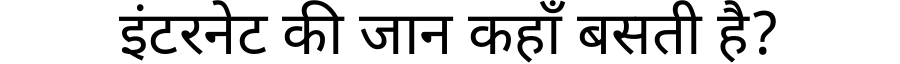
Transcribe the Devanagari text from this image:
इंटरनेट की जान कहाँ बसती है?